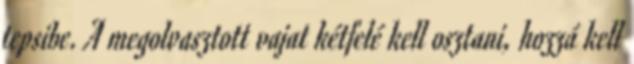
tepsibe. A megolvasztott vajat kétfelé kell osztani, hozzá kell